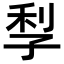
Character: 𡥬